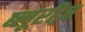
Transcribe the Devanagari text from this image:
ब्लूरीज़